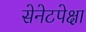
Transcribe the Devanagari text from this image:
सेनेटपेक्षा